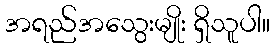
အရည်အသွေးမျိုး ရှိသူပါ။